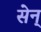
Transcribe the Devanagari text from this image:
सेन्‌